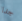
جدا